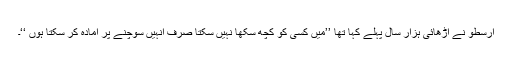
ارسطو نے اڑھائی ہزار سال پہلے کہا تھا ’’میں کسی کو کچھ سکھا نہیں سکتا صرف انہیں سوچنے پر آمادہ کر سکتا ہوں ‘‘۔